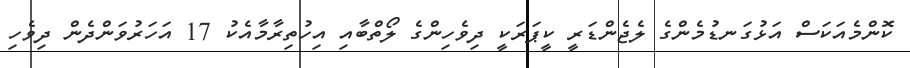
ކޮންމެއަކަސް އަޅުގަނޑުމެންގެ ލެޖެންޑަރީ ކީޕަރަކީ ދިވެހިންގެ ލޯތްބާއި އިހުތިރާމާއެކު 17 އަހަރުވަންދެން ދިވެހި